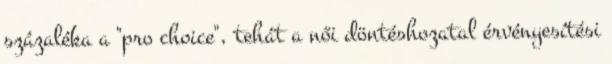
százaléka a "pro choice", tehát a női döntéshozatal érvényesítési